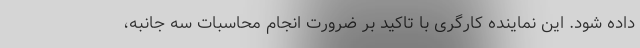
داده شود. این نماینده کارگری با تاکید بر ضرورت انجام محاسبات سه جانبه،